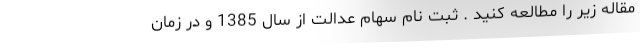
مقاله زیر را مطالعه کنید . ثبت نام سهام عدالت از سال 1385 و در زمان